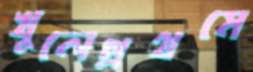
খুলেপ্রথমে